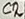
Text: C2